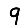
Digit: 9